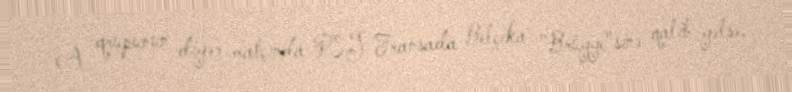
A qrupunun digər matçında PSJ Fransada Belçika "Brügge"sinə qalib gəlsə,